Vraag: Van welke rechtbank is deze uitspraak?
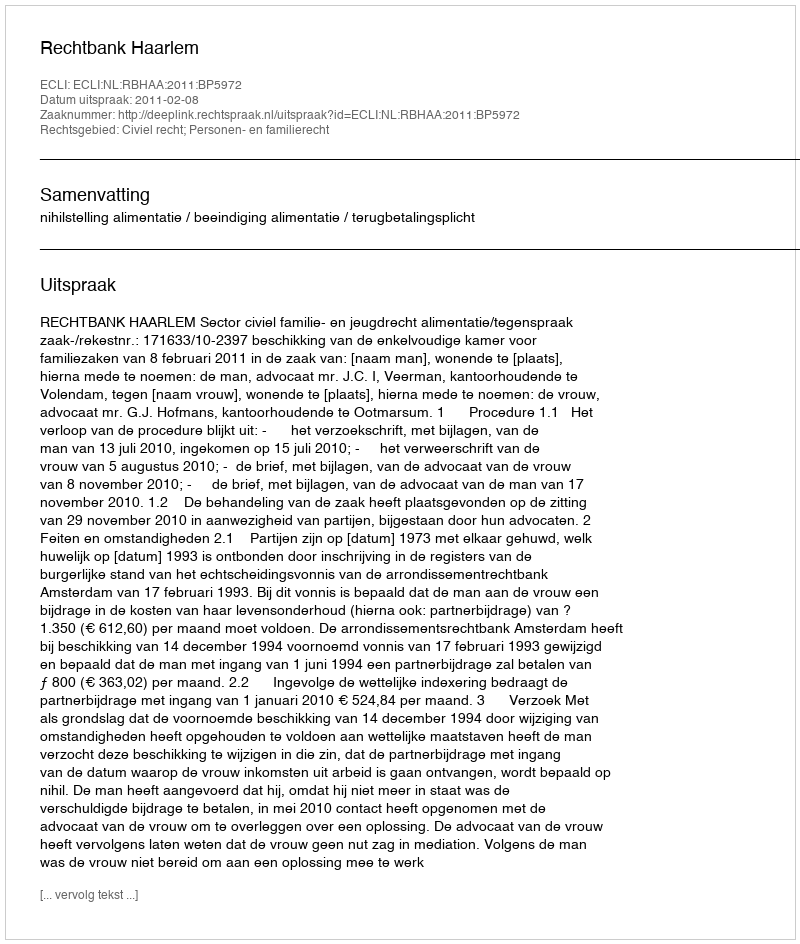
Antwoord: Rechtbank Haarlem